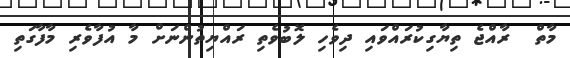
މާތް  ރާއްޖެ ތިޔާގިކުރައްވައި ދިވެހި ލޮބުވެތި ރައްޔިތުންނަށް މާ އުފާވެރި މާފާގަތި